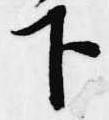
下